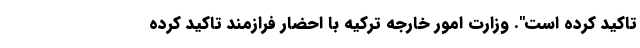
تاکید کرده است". وزارت امور خارجه ترکیه با احضار فرازمند تاکید کرده